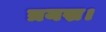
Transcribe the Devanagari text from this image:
त्रयस्र।